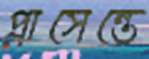
প্লাসেন্তে